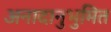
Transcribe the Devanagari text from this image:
अनादानुभुमित